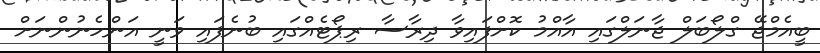
ބީއެމްޖޭ ގްލޯބަލް ޖާނަލްގައި އާއްމު ކޮށްފައިވާ ދިރާސާ ރިޕޯޓެއްގައި ބުނެފައި ވަނީ އަންހެނުންނަށް